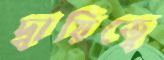
দ্বায়িত্বে